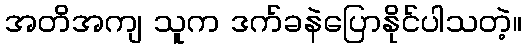
အတိအကျ သူက ဒက်ခနဲပြောနိုင်ပါသတဲ့။